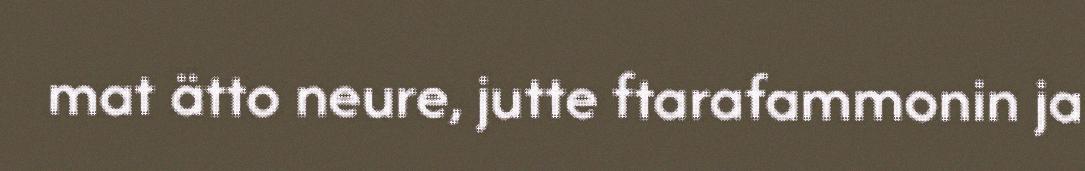
mat ätto neure, jutte ftarafammonin ja